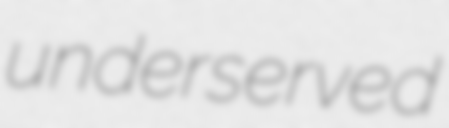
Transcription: underserved